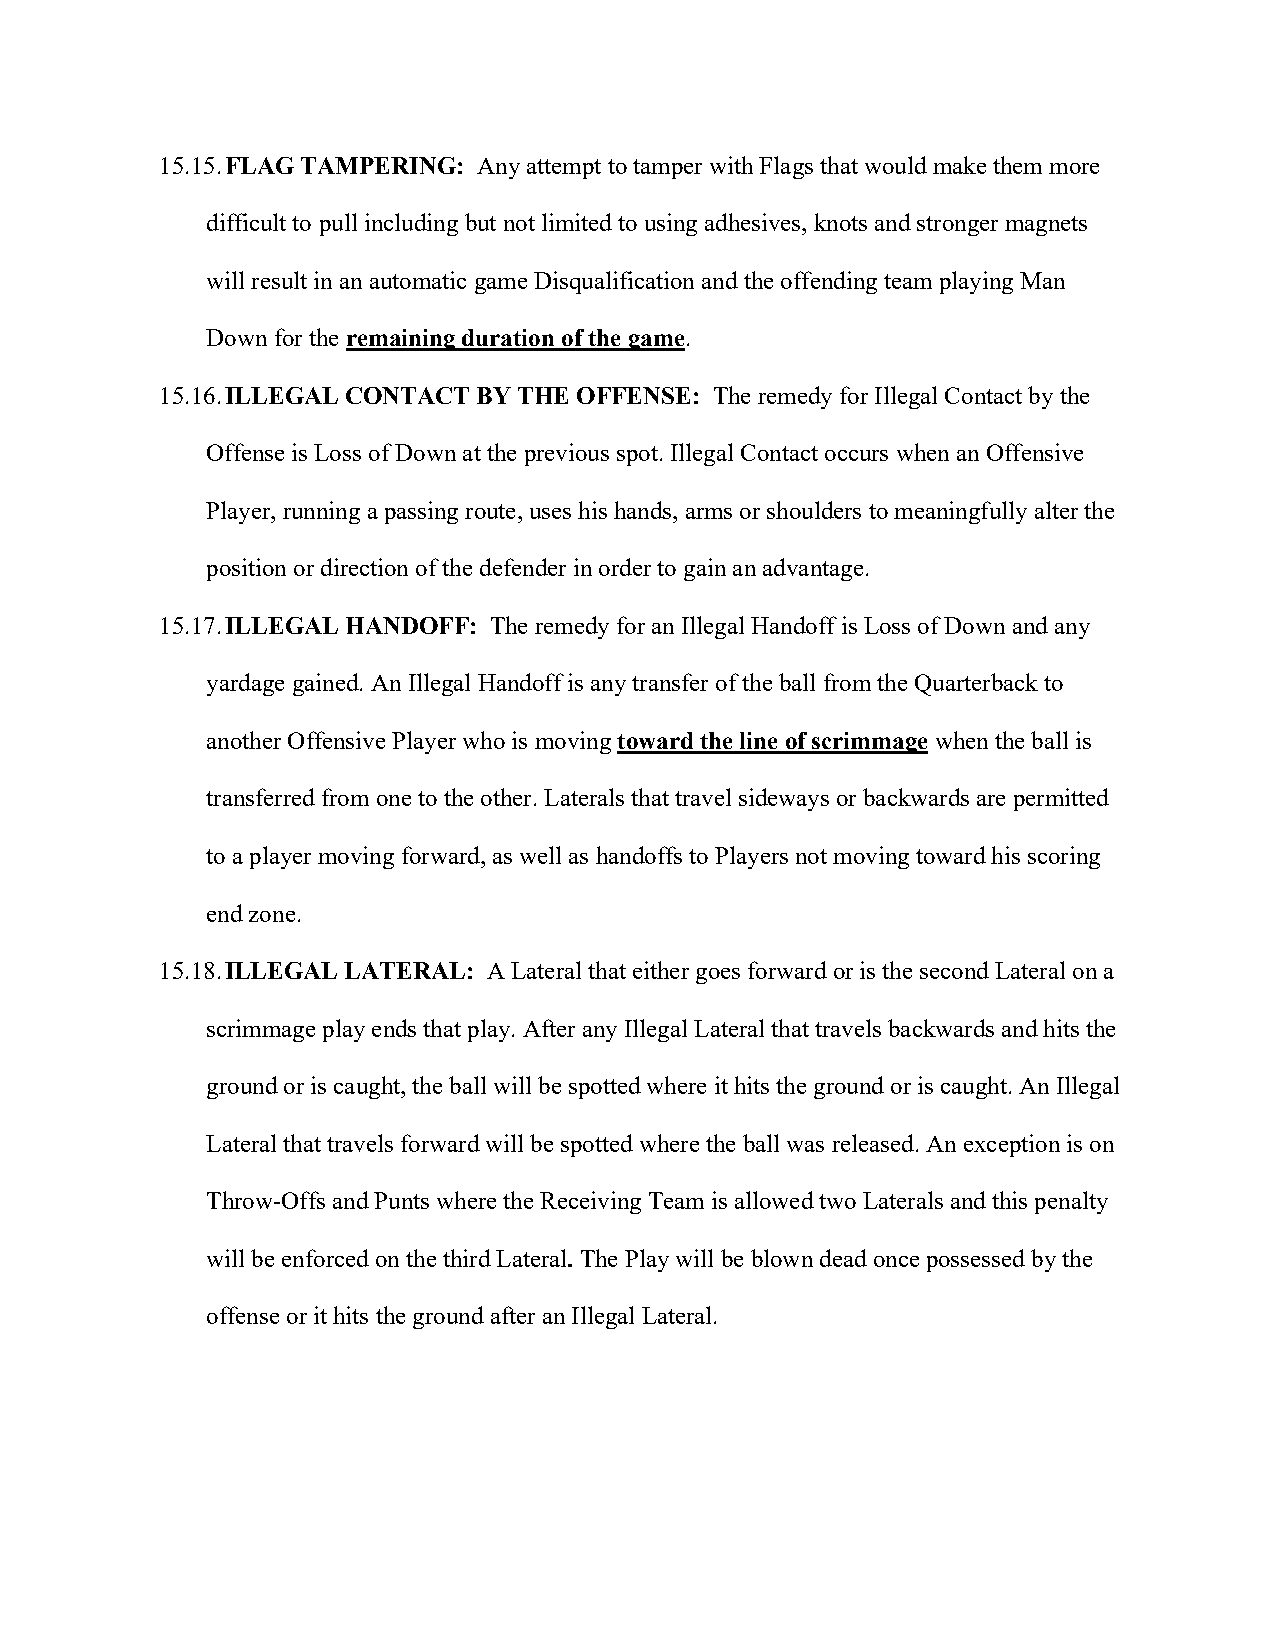
15.15. FLAG TAMPERING: Any attempt to tamper with Flags that would make them more
 difficult to pull including but not limited to using adhesives, knots and stronger magnets
 will result in an automatic game Disqualification and the offending team playing Man
 Down for the remaining duration of the game.
 15.16. ILLEGAL CONTACT BY THE OFFENSE: The remedy for Illegal Contact by the
 Offense is Loss of Down at the previous spot. Illegal Contact occurs when an Offensive
 Player, running a passing route, uses his hands, arms or shoulders to meaningfully alter the
 position or direction of the defender in order to gain an advantage.
 15.17. ILLEGAL HANDOFF: The remedy for an Illegal Handoff is Loss of Down and any
 yardage gained. An Illegal Handoff is any transfer of the ball from the Quarterback to
 another Offensive Player who is moving toward the line of scrimmage when the ball is
 transferred from one to the other. Laterals that travel sideways or backwards are permitted
 to a player moving forward, as well as handoffs to Players not moving toward his scoring
 end zone.
 15.18. ILLEGAL LATERAL: A Lateral that either goes forward or is the second Lateral on a
 scrimmage play ends that play. After any Illegal Lateral that travels backwards and hits the
 ground or is caught, the ball will be spotted where it hits the ground or is caught. An Illegal
 Lateral that travels forward will be spotted where the ball was released. An exception is on
 Throw-Offs and Punts where the Receiving Team is allowed two Laterals and this penalty
 will be enforced on the third Lateral. The Play will be blown dead once possessed by the
 offense or it hits the ground after an Illegal Lateral.